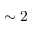
\sim 2